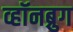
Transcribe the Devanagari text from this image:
व्हॉनब्रुग